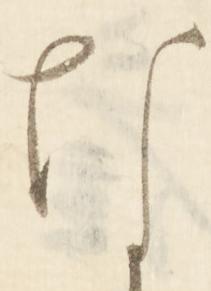
な